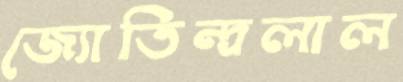
জ্যোতিন্দ্রলাল